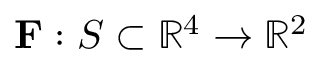
\mathbf { F } : S \subset \mathbb { R } ^ { 4 } \to \mathbb { R } ^ { 2 }